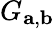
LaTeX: G_{\mathbf{a},\mathbf{b}}